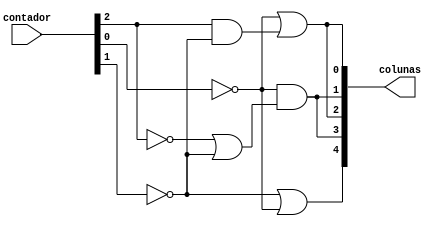
module quadro_0(contador, colunas);
	// Entrada do contador de 3 bits que conta de 0 a 7
	input [2:0] contador;
	// Sada de 5 bits que controlam as colunas da matriz
	output [4:0] colunas;
	
	// Fios auxiliares para negar os bits do contador
	wire not_a, not_b, not_c;
	// Fios auxiliares para as portas lgicas
	wire and0, or0;

	// Negao dos bits do contador
	not(not_a, contador[2]);
	not(not_b, contador[1]);
	not(not_c, contador[0]);

	// Porta AND que calcula C0 = C' + AB'
	// Se C' = 1 ou AB' = 1, ento C0 = 1, caso contrrio, C0 = 0
	and (and0, contador[2], not_b);
	or(colunas[0], not_c, and0);

	// Porta OR que calcula C1 = C(A'+B')
	// Se C' = 1 e A' + B' = 1, ento C1 = 1, caso contrrio, C1 = 0
	or(or0, not_a, not_b);
	and(colunas[1], not_c, or0);

	// Porta OR que calcula C2 = C' + AB'
	// Se C' = 1 ou AB' = 1, ento C2 = 1, caso contrrio, C2 = 0
	or(colunas[2], not_c, and0);

	// Porta AND que calcula C3 = C(A+B)
	// Se C' = 1 e A' + B' = 1, ento C3 = 1, caso contrrio, C3 = 0
	and(colunas[3], not_c, or0);

	// Porta OR que calcula C4 = B' + C'
	// Se B' = 1 ou C' = 1, ento C4 = 1, caso contrrio, C4 = 0
	or(colunas[4], not_b, not_c);	
endmodule